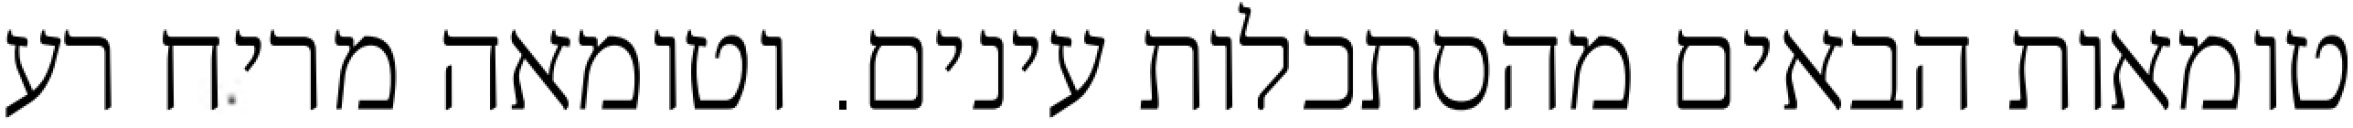
טומאות הבאים מהסתכלות עינים. וטומאה מריח רע